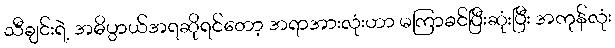
သီချင်းရဲ့ အဓိပ္ပာယ်အရဆိုရင်တော့ အရာအားလုံးဟာ မကြာခင်ပြီးဆုံးပြီး အကုန်လုံး